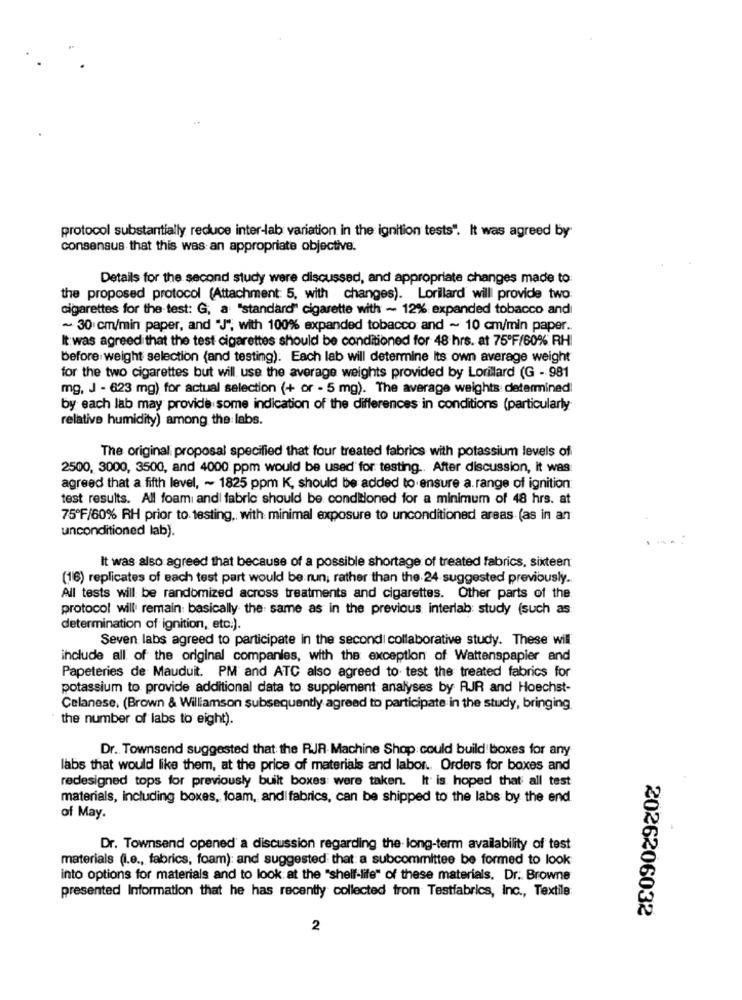
protocol substantially reduce inter-lab variation in the ignition tests". It was agreed by
consensus that this was an appropriate objective.
Details for the second study were discussed, and appropriate changes made to
the proposed protocol (Attachment: 5, with changes). Lorillard will provide two:
cigarettes for the test: G, a "standard" cigarette with ~ 12% expanded tobacco and
~ 30 cm/min paper, and "J", with 100% expanded tobacco and ~ 10 cm/min paper ..
It was agreed that the test cigarettes should be conditioned for 48 hrs. at 75ºF/60% RH
before: weight selection (and testing). Each lab will determine Its own average weight
for the two cigarettes but will use the average weights provided by Lorillard (G - 981
mg, J - 623 mg) for actual selection (+ or - 5 mg). The average weights determined
by each lab may provide some indication of the differences in conditions (particularly
relative humidity) among the labs.
The original: proposal specified that four treated fabrics with potassium levels of
2500, 3000, 3500, and 4000 ppm would be used for testing .. After discussion, it was:
agreed that a fifth level, ~ 1825 ppm K, should be added to ensure a range of ignition
test results. All foam and fabric should be conditioned for a minimum of 48 hrs. at
75ºF/60% RH prior to testing ,, with minimal exposure to unconditioned areas (as in an
unconditioned lab).
It was also agreed that because of a possible shortage of treated fabrics, sixteen
(16) replicates of each test part would be run; rather than the 24 suggested previously.
All tests will be randomized across treatments and cigarettes. Other parts of the
protocol will remain: basically the same as in the previous interlab: study (such as
determination of ignition, etc.).
Seven labs agreed to participate in the secondi collaborative study. These will.
include all of the original companies, with the exception of Wattenspapier and
Papeteries de Mauduit. PM and ATC also agreed to test the treated fabrics for
potassium to provide additional data to supplement analyses by RJR and Hoechst-
Celanese. (Brown & Williamson subsequently agreed to participate in the study, bringing
the number of labs to eight).
Dr. Townsend suggested that the RJR- Machine Shop could build boxes for any
labs that would like them, at the price of materials and labor .. Orders for boxes and
redesigned tops for previously built boxes were taken. It is hoped that all test
materials, including boxes, foam, and fabrics, can be shipped to the labs by the end
of May.
Dr. Townsend opened a discussion regarding the long-term availability of test
materials (i.e ., fabrics, foam): and suggested that a subcommittee be formed to look
into options for materials and to look at the "shelf-life" of these materials. Dr. Browne
presented Information that he has recently collected from Testfabrics, Inc ., Textile
2026206032
2